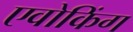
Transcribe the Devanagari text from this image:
एवोकिंग